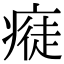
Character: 𤸭